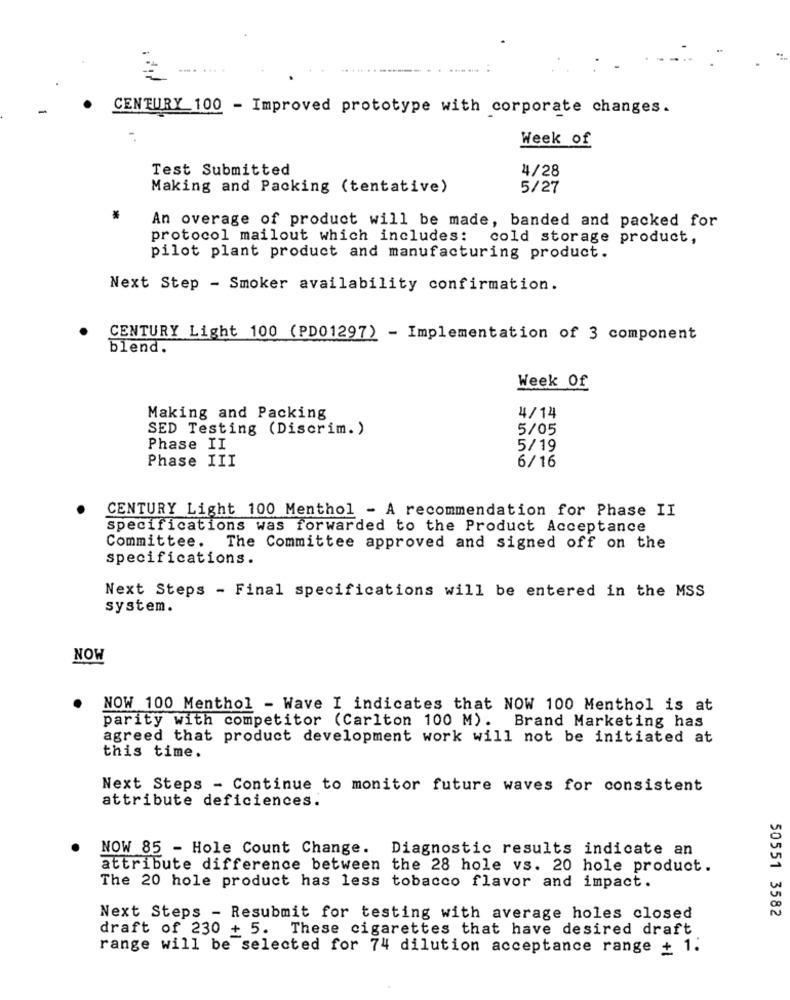
CENTURY 100 - Improved prototype with corporate changes.
..
Week of
Test Submitted
4/28
Making and Packing (tentative)
5/27
An overage of product will be made, banded and packed for
protocol mailout which includes: cold storage product,
pilot plant product and manufacturing product.
Next Step - Smoker availability confirmation.
CENTURY Light 100 (PD01297) - Implementation of 3 component
blend.
Week Of
Making and Packing
4/14
SED Testing (Discrim. )
5/05
Phase II
5/19
Phase III
6/16
CENTURY Light 100 Menthol - A recommendation for Phase II
specifications was forwarded to the Product Acceptance
Committee.
The Committee approved and signed off on the
specifications.
Next Steps - Final specifications will be entered in the MSS
system.
NOW
NOW 100 Menthol - Wave I indicates that NOW 100 Menthol is at
parity with competitor (Carlton 100 M). Brand Marketing has
agreed that product development work will not be initiated at
this time.
Next Steps - Continue to monitor future waves for consistent
attribute deficiences.
NOW 85 - Hole Count Change. Diagnostic results indicate an
attribute difference between the 28 hole vs. 20 hole product.
The 20 hole product has less tobacco flavor and impact.
50551 3582
Next Steps - Resubmit for testing with average holes closed
draft of 230 + 5. These cigarettes that have desired draft
range will be selected for 74 dilution acceptance range + 1.